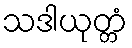
သဒါယုတ္တံ